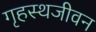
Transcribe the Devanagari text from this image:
गृहस्थजीवन